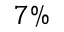
7 \%